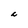
Character: C